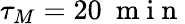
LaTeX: \tau_{M}=20~\mathrm{~m~i~n~}